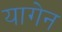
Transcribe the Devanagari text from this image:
यागेन